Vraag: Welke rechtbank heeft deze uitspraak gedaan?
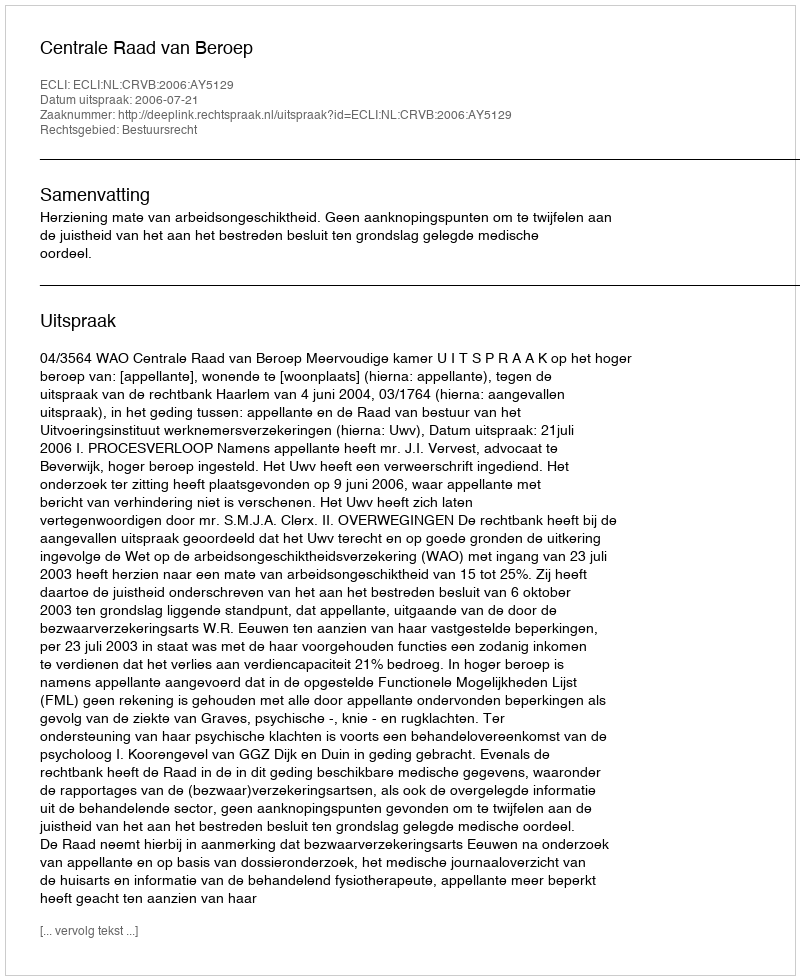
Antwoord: Centrale Raad van Beroep